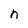
Character: n